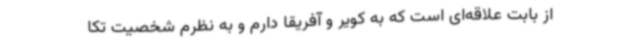
از بابت علاقه‌ای است که به کویر و آفریقا دارم و به نظرم شخصیت تکا